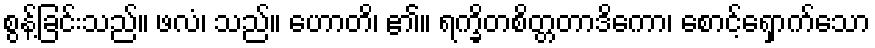
စွန့်ခြင်းသည်။ ဖလံ၊ သည်။ ဟောတိ၊ ၏။ ရက္ခိတစိတ္တတာဒိကော၊ စောင့်ရှောက်သော